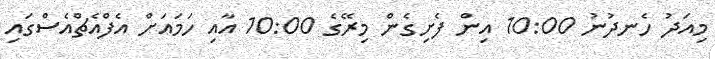
މިއަދު ހެނދުނު 10:00 އިން ފެށިގެން މިރޭގެ 10:00 އާއި ހަމައަށް އެފްއެޗްއެސްގައި